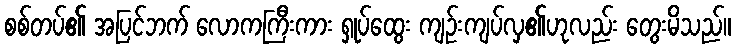
စစ်တပ်၏ အပြင်ဘက် လောကကြီးကား ရှုပ်ထွေး ကျဉ်းကျပ်လှ၏ဟုလည်း တွေးမိသည်။